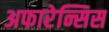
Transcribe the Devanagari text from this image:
अफारेन्सिस